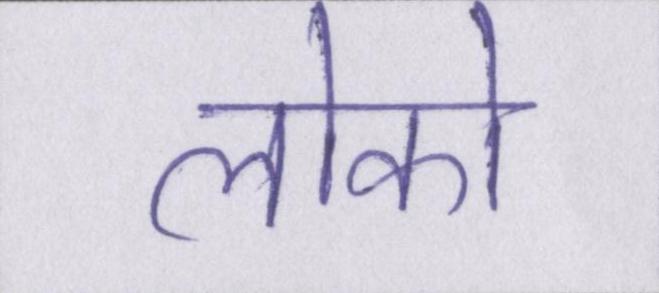
लोको